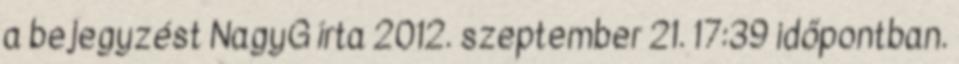
a bejegyzést NagyG írta 2012. szeptember 21. 17:39 időpontban.